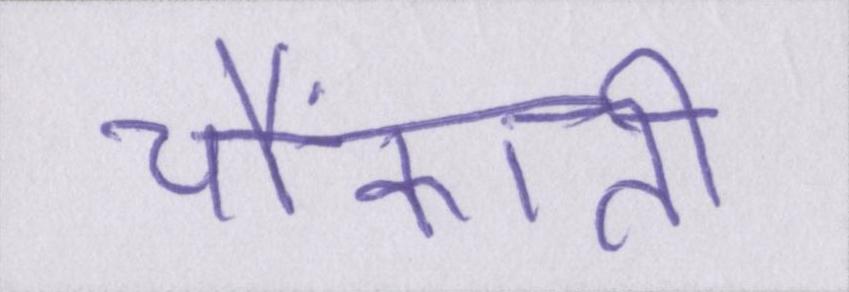
चौंकाती